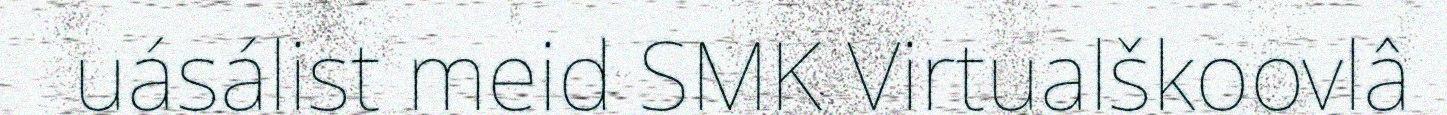
uásálist meid SMK Virtualškoovlâ